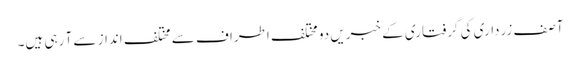
آصف زرداری کی گرفتاری کے خبریں دو مختلف اطراف سے مختلف انداز سے آ رہی ہیں۔